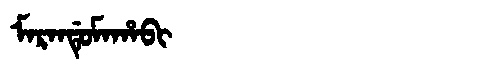
Manchu: ᠮᠠᡵᠠᠨᡩᡠᠮᠠᡥᠠᠪᡳ
Romanization: MARANDUMAHABI